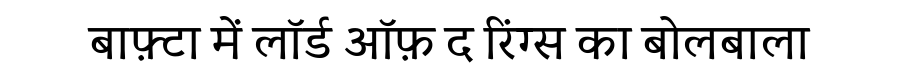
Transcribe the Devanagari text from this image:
बाफ़्टा में लॉर्ड ऑफ़ द रिंग्स का बोलबाला